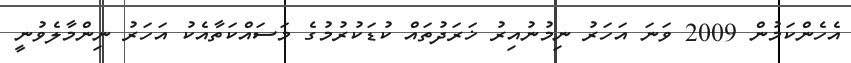
އެހެންކަމުން 2009 ވަނަ އަހަރު ނިމުނުއިރު ޚަރަދުތައް ކުޑަކުރުމުގެ މަސައްކަތާއެކު އަހަރު ނިންމާލެވުނީ